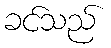
ခင်သည်